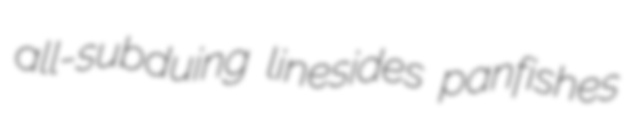
all-subduing linesides panfishes